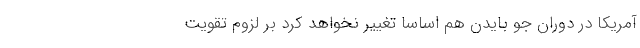
آمریکا در دوران جو بایدن هم اساسا تغییر نخواهد کرد بر لزوم تقویت